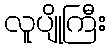
လူပျိုကြီး